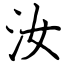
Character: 汝